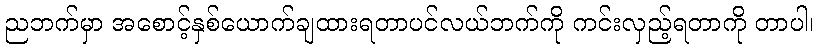
ညဘက်မှာ အစောင့်နှစ်ယောက်ချထားရတာပင်လယ်ဘက်ကို ကင်းလှည့်ရတာကို တာပါ၊